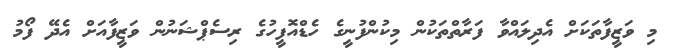
މި ވަޒީފާތަކަށް އެދިލައްވާ ފަރާތްތަކުން މިކުންފުނީގެ ހެޑްއޮފީހުގެ ރިސެޕްޝަނުން ވަޒީފާއަށް އެދޭ ފޯމު